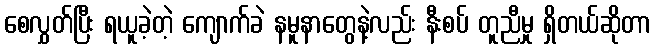
စေလွှတ်ပြီး ရယူခဲ့တဲ့ ကျောက်ခဲ နမူနာတွေနဲ့လည်း နီးစပ် တူညီမှု ရှိတယ်ဆိုတာ